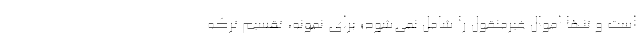
است و تنها اموال غیرمنقول را شامل نمی‌شود؛ برای نمونه، تقسیم ترکه